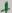
Text: +